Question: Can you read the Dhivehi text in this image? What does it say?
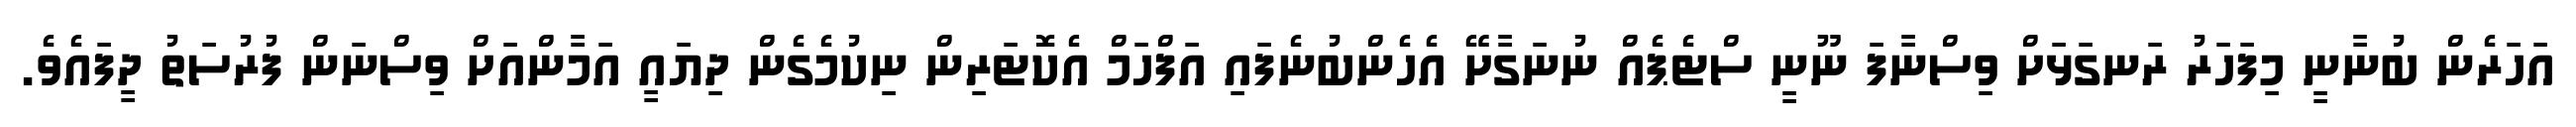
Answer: އަހަރެން ބުނާނީ މިފަހަރު ރަނގަޅަށް ވިސްނާފަ ނޫނީ ސްޓެޕެއް ނުނަގާށޭ އެހެންބުނެފައި އަފްހަމް އެކޮޓަރިން ނިކުމެގެން ދިޔައީ އަމާންއަށް ވިސްނަން ފުރުސަތު ދީފައެވެ.